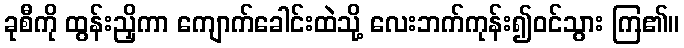
ခုစီကို ထွန်းညှိကာ ကျောက်ခေါင်းထဲသို့ လေးဘက်ကုန်း၍ဝင်သွား ကြ၏။